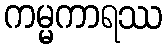
ကမ္မကာရဿ